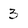
Character: 3